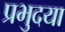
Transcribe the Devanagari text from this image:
प्रभुदया